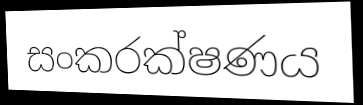
සංකරක්ෂණය